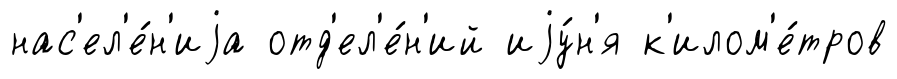
нас'ел'е́н'иjа отд'ел'е́н'ий иjу́н'я к'илом'е́тров